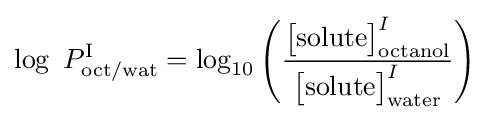
\log \ P_{\text{oct/wat}}^{\mathrm {I} }=\log _{10}\left({\frac {{\big [}{\text{solute}}{\big ]}_{\text{octanol}}^{I}}{{\big [}{\text{solute}}{\big ]}_{\text{water}}^{I}}}\right)